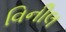
વિનીલ